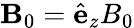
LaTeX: \mathbf{B}_{0}=\hat{\mathbf e}_{z}B_{0}